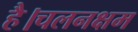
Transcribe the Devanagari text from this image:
है।चलनक्षम